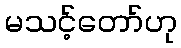
မသင့်တော်ဟု